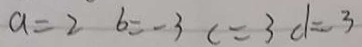
a = 2 b = - 3 c = 3 d = 3